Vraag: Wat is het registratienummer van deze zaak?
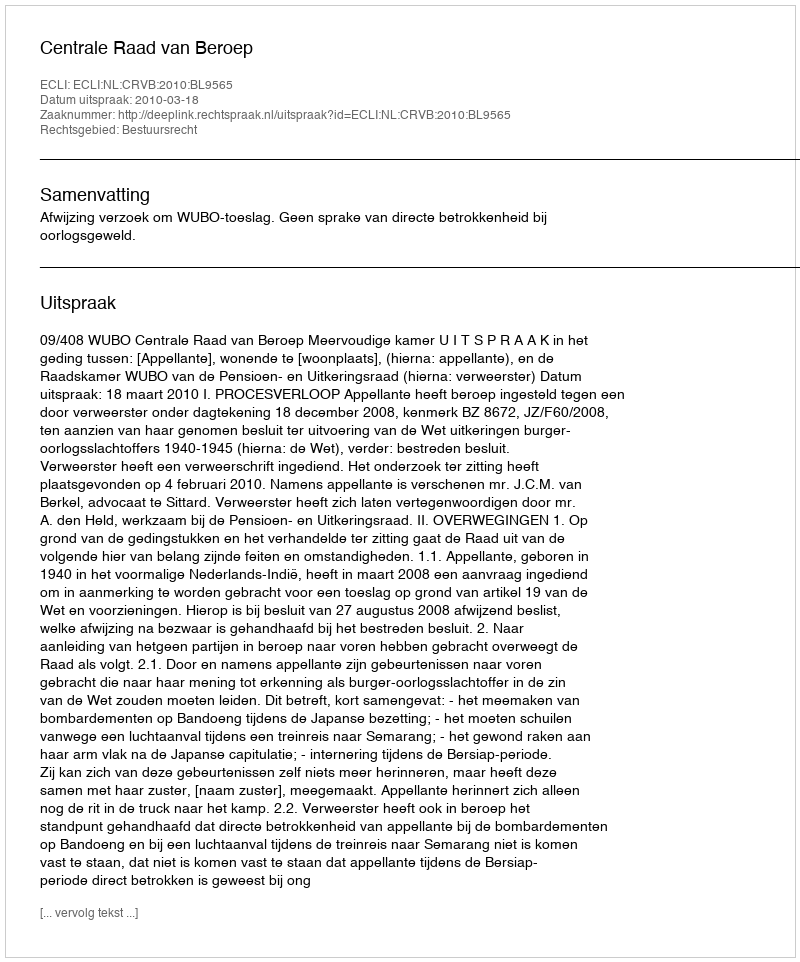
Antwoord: http://deeplink.rechtspraak.nl/uitspraak?id=ECLI:NL:CRVB:2010:BL9565